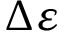
\Delta \varepsilon